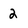
Character: 2